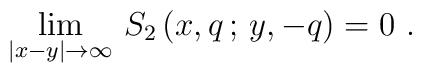
\lim_{|x-y|\rightarrow \infty} \, S_{2} \, (x,q \, ; \, y,-q) = 0 \ .